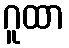
ဂူထာ